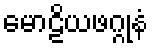
မောဠိယဖဂ္ဂုနံ